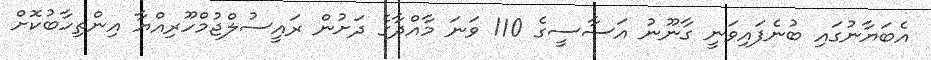
އެބަޔާނުގައި ބުނެފައިވަނީ ގާނޫނު އަސާސީގެ 110 ވަނަ މާއްދާގެ ދަށުން ރައީސުލްޖުމްހޫރިއްޔާ އިންތިހާބުކޮށް